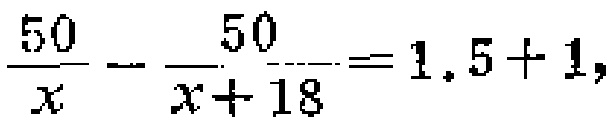
$\frac{50}{x}-\frac{50}{x + 18}=1.5 + 1,$